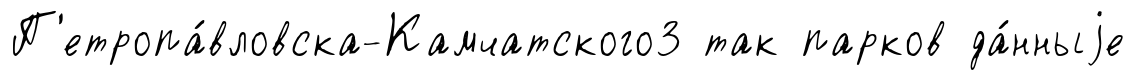
П'етропа́вловска-Камчатского3 так парков да́нныjе